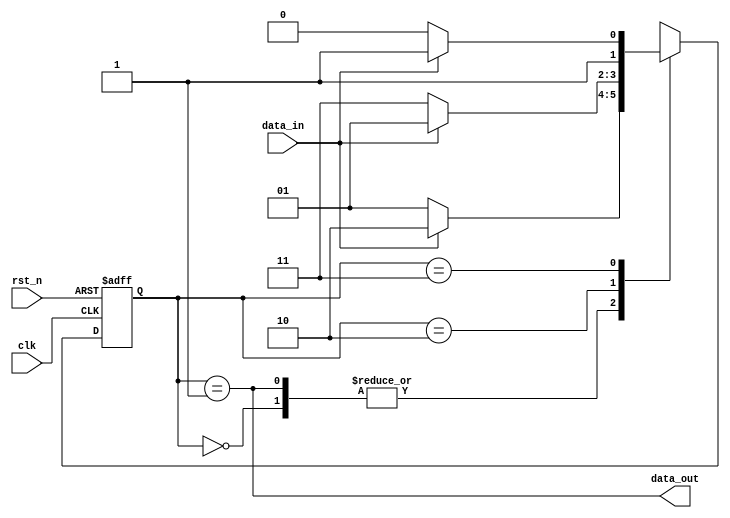
// 3
// https://blog.csdn.net/darknessdarkness/article/details/105734337?ops_request_misc=%257B%2522request%255Fid%2522%253A%2522163106765916780274188649%2522%252C%2522scm%2522%253A%252220140713.130102334.pc%255Fall.%2522%257D&request_id=163106765916780274188649&biz_id=0&utm_medium=distribute.pc_search_result.none-task-blog-2~all~first_rank_ecpm_v1~rank_v29_ecpm-1-105734337.first_rank_v2_pc_rank_v29&utm_term=verilog+3%E6%95%B4%E9%99%A4&spm=1018.2226.3001.4187

// if a serial input vector can be divided by 3, output 1'b1
// 0, 1, 2s0, s1, s2
//               0          1
// IDLE       S0        S1
// S0          S0        S1
// S1           S2        S0 
// S2           S1        S2

module moduleName (
    input clk,
    input rst_n,
    input data_in,
    output data_out
);

localparam IDLE = 2'd0; 
localparam S0 = 2'd1; 
localparam S1 = 2'd2; 
localparam S2 = 2'd3; 
reg [1:0] c_state;
reg [1:0] n_state;


always @(posedge clk or negedge rst_n) begin
   if(~rst_n) begin
       c_state <= IDLE;
   end 
   else begin
       c_state <= n_state;
   end
end

always @(*) begin
   case(c_state) 
   IDLE: n_state = data_in ? S1 : S0;
   S0: n_state = data_in ? S1 : S0;
   S1: n_state = data_in ? S0 : S2;
   S2: n_state = data_in ? S2 : S1;
   default: n_state = IDLE;
   endcase
end

assign data_out = c_state == S0;
endmodule